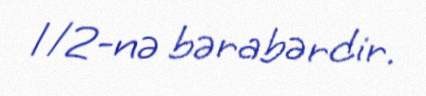
1/2-nə bərabərdir.